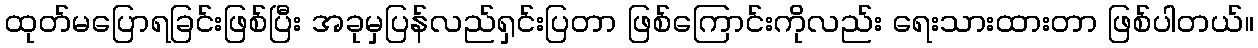
ထုတ်မပြောရခြင်းဖြစ်ပြီး အခုမှပြန်လည်ရှင်းပြတာ ဖြစ်ကြောင်းကိုလည်း ရေးသားထားတာ ဖြစ်ပါတယ်။